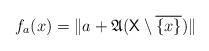
LaTeX: \begin{align*} f_a(x) = \| a + \mathfrak A(\mathsf X \setminus \overline{\{ x\}})\|\end{align*}